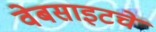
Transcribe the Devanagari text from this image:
वेबसाइटचे